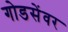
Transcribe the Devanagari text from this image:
गोडसेंवर